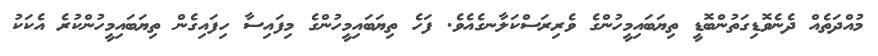
މުއްދަތެއް ދެނެވޮޑިގަތުންބޮޑީ ތިޔަބައިމީހުންގެ ވެރިރަސްކަލާނގެއެވެ. ފަހެ ތިޔަބައިމީހުންގެ މިފައިސާ ހިފައިގެން ތިޔަބައިމީހުންކުރެ އެކަކު